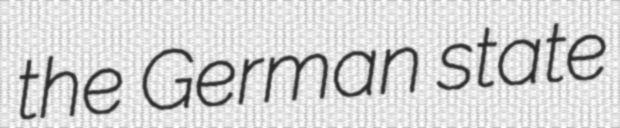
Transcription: the German state